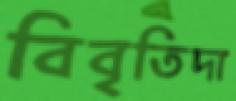
বিবৃতিদা